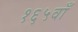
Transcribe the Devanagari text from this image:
१६५वाँ